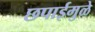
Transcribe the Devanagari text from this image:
छपाईमुळे